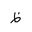
Letter: _za